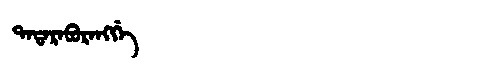
Manchu: ᡨᠠᡨᠠᡵᠠᠪᡠᡵᠠᠩᡤᡝ
Romanization: TATARABURANGGE